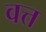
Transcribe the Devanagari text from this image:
वत्त